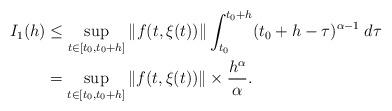
LaTeX: \begin{align*}I_{1}(h)& \leq \sup_{t\in \lbrack t_{0},t_{0}+h]}\Vert f(t,\xi (t))\Vert\int_{t_{0}}^{t_{0}+h}(t_{0}+h-\tau )^{\alpha -1}\;d\tau \\&= \sup_{t\in \lbrack t_{0},t_{0}+h]}\Vert f(t,\xi (t))\Vert \times \frac{h^{\alpha }}{\alpha }. \end{align*}